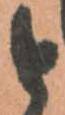
と